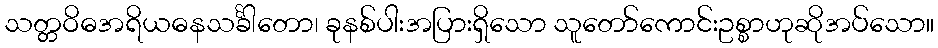
သတ္တဝိဓအရိယဓနသင်္ခါတော၊ ခုနစ်ပါးအပြားရှိသော သူတော်ကောင်းဥစ္စာဟုဆိုအပ်သော။